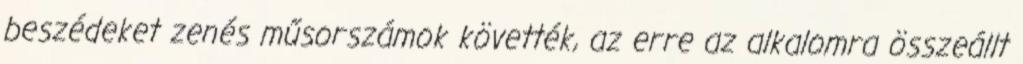
beszédeket zenés műsorszámok követték, az erre az alkalomra összeállt